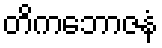
တိကဘောဇနံ